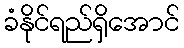
ခံနိုင်ရည်ရှိအောင်